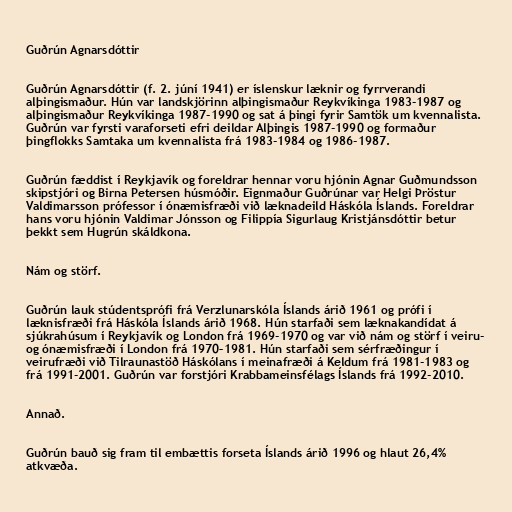
Guðrún Agnarsdóttir

Guðrún Agnarsdóttir (f. 2. júní 1941) er íslenskur læknir og fyrrverandi
alþingismaður. Hún var landskjörinn alþingismaður Reykvíkinga 1983-1987 og
alþingismaður Reykvíkinga 1987-1990 og sat á þingi fyrir Samtök um kvennalista.
Guðrún var fyrsti varaforseti efri deildar Alþingis 1987-1990 og formaður
þingflokks Samtaka um kvennalista frá 1983-1984 og 1986-1987.

Guðrún fæddist í Reykjavík og foreldrar hennar voru hjónin Agnar Guðmundsson
skipstjóri og Birna Petersen húsmóðir. Eignmaður Guðrúnar var Helgi Þröstur
Valdimarsson prófessor í ónæmisfræði við læknadeild Háskóla Íslands. Foreldrar
hans voru hjónin Valdimar Jónsson og Filippía Sigurlaug Kristjánsdóttir betur
þekkt sem Hugrún skáldkona.

Nám og störf.

Guðrún lauk stúdentsprófi frá Verzlunarskóla Íslands árið 1961 og prófi í
læknisfræði frá Háskóla Íslands árið 1968. Hún starfaði sem læknakandídat á
sjúkrahúsum í Reykjavík og London frá 1969-1970 og var við nám og störf í veiru-
og ónæmisfræði í London frá 1970–1981. Hún starfaði sem sérfræðingur í
veirufræði við Tilraunastöð Háskólans í meinafræði á Keldum frá 1981-1983 og
frá 1991-2001. Guðrún var forstjóri Krabbameinsfélags Íslands frá 1992-2010.

Annað.

Guðrún bauð sig fram til embættis forseta Íslands árið 1996 og hlaut 26,4%
atkvæða.